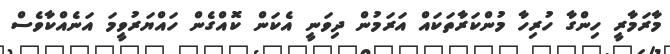
މާރަމާރީ ހިންގާ ހުރިހާ މުންކަރާތަކައް އަރަމުން ދިވަނީ އެކަން ކޮއްގެން ހައްޔަރުވީމަ އަނެއްކާވެސް